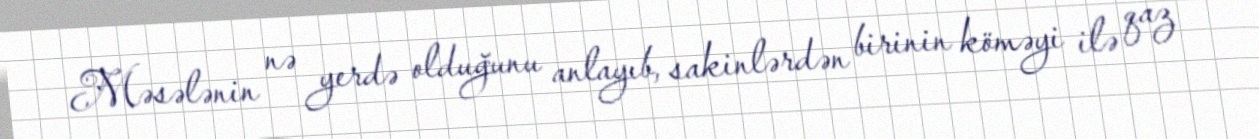
Məsələnin nə yerdə olduğunu anlayıb, sakinlərdən birinin köməyi ilə qaz